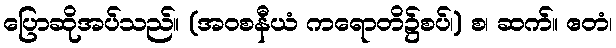
ပြောဆိုအပ်သည်။ (အဝစနီယံ ကရောတိ၌စပ်၊) စ၊ ဆက်။ ဧတံ၊